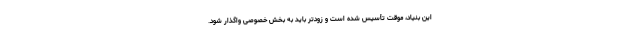
این بنیاد، موقت تأسیس شده است و زودتر باید به بخش خصوصی واگذار شود.